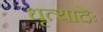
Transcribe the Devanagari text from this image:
धृत्यादेः